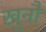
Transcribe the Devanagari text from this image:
खुनौ